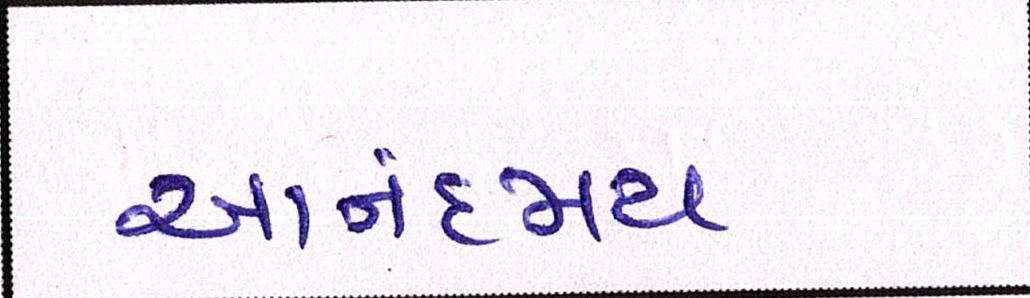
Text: આનંદમય